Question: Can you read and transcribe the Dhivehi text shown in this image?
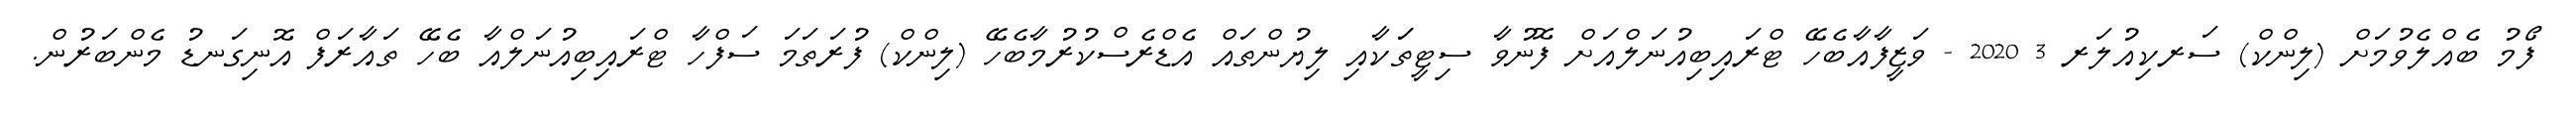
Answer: ފޯމު ބެއްލެވުމަށް (ލިންކް) ސަރކިއުލަރ 3 2020 - ވަޒީފާއާބެހޭ ޓްރައިބިއުނަލްއަށް ފޮނުވާ ސިޓީތަަކާއި ލިޔުންތައް އެޑްރެސްކުރުމާބެހޭ (ލިންކް) ފުރަތަމަ ސަފްހާ ޓްރައިބިއުނަލްއާ ބެހޭ ތައާރަފް އޮނިގަނޑު މެންބަރުން.